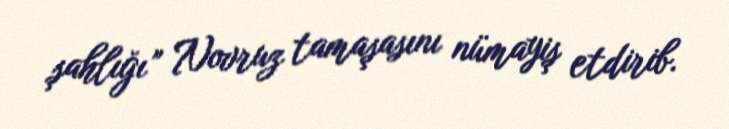
şahlığı” Novruz tamaşasını nümayiş etdirib.